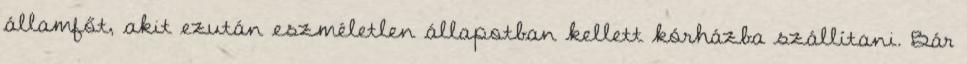
államfőt, akit ezután eszméletlen állapotban kellett kórházba szállítani. Bár